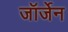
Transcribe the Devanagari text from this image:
जॉर्जेन